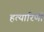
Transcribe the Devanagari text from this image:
हत्यारिणी